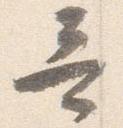
哥